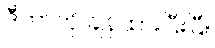
ဒီဟာကို ချန်ထားပြီးပြီ။